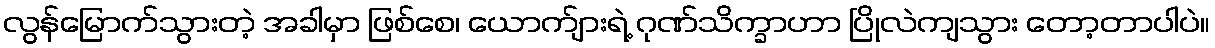
လွန်မြောက်သွားတဲ့ အခါမှာ ဖြစ်စေ၊ ယောက်ျားရဲ့ ဂုဏ်သိက္ခာဟာ ပြိုလဲကျသွား တော့တာပါပဲ။